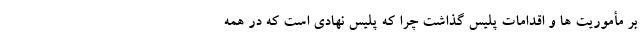
بر مأموریت ها و اقدامات پلیس گذاشت چرا که پلیس نهادی است که در همه